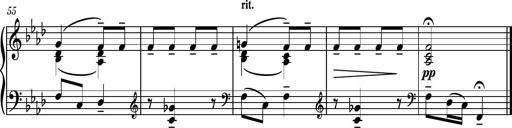
Title: Piano Sonatina II
Composer: Dimitri Sykias
Key: F major